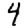
Digit: 4